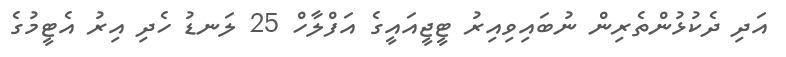
އަދި ދެކުޅުންތެރިން ނުބައިވިއިރު ޓީޖީއައީގެ އަފްލާހް 25 ލަނޑު ހެދި އިރު އެޓީމުގެ